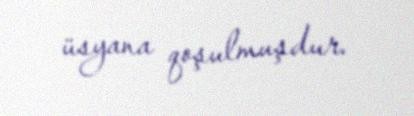
üsyana qoşulmuşdur.